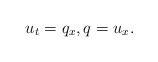
LaTeX: \begin{align*} u_t=q_x, q=u_x.\end{align*}